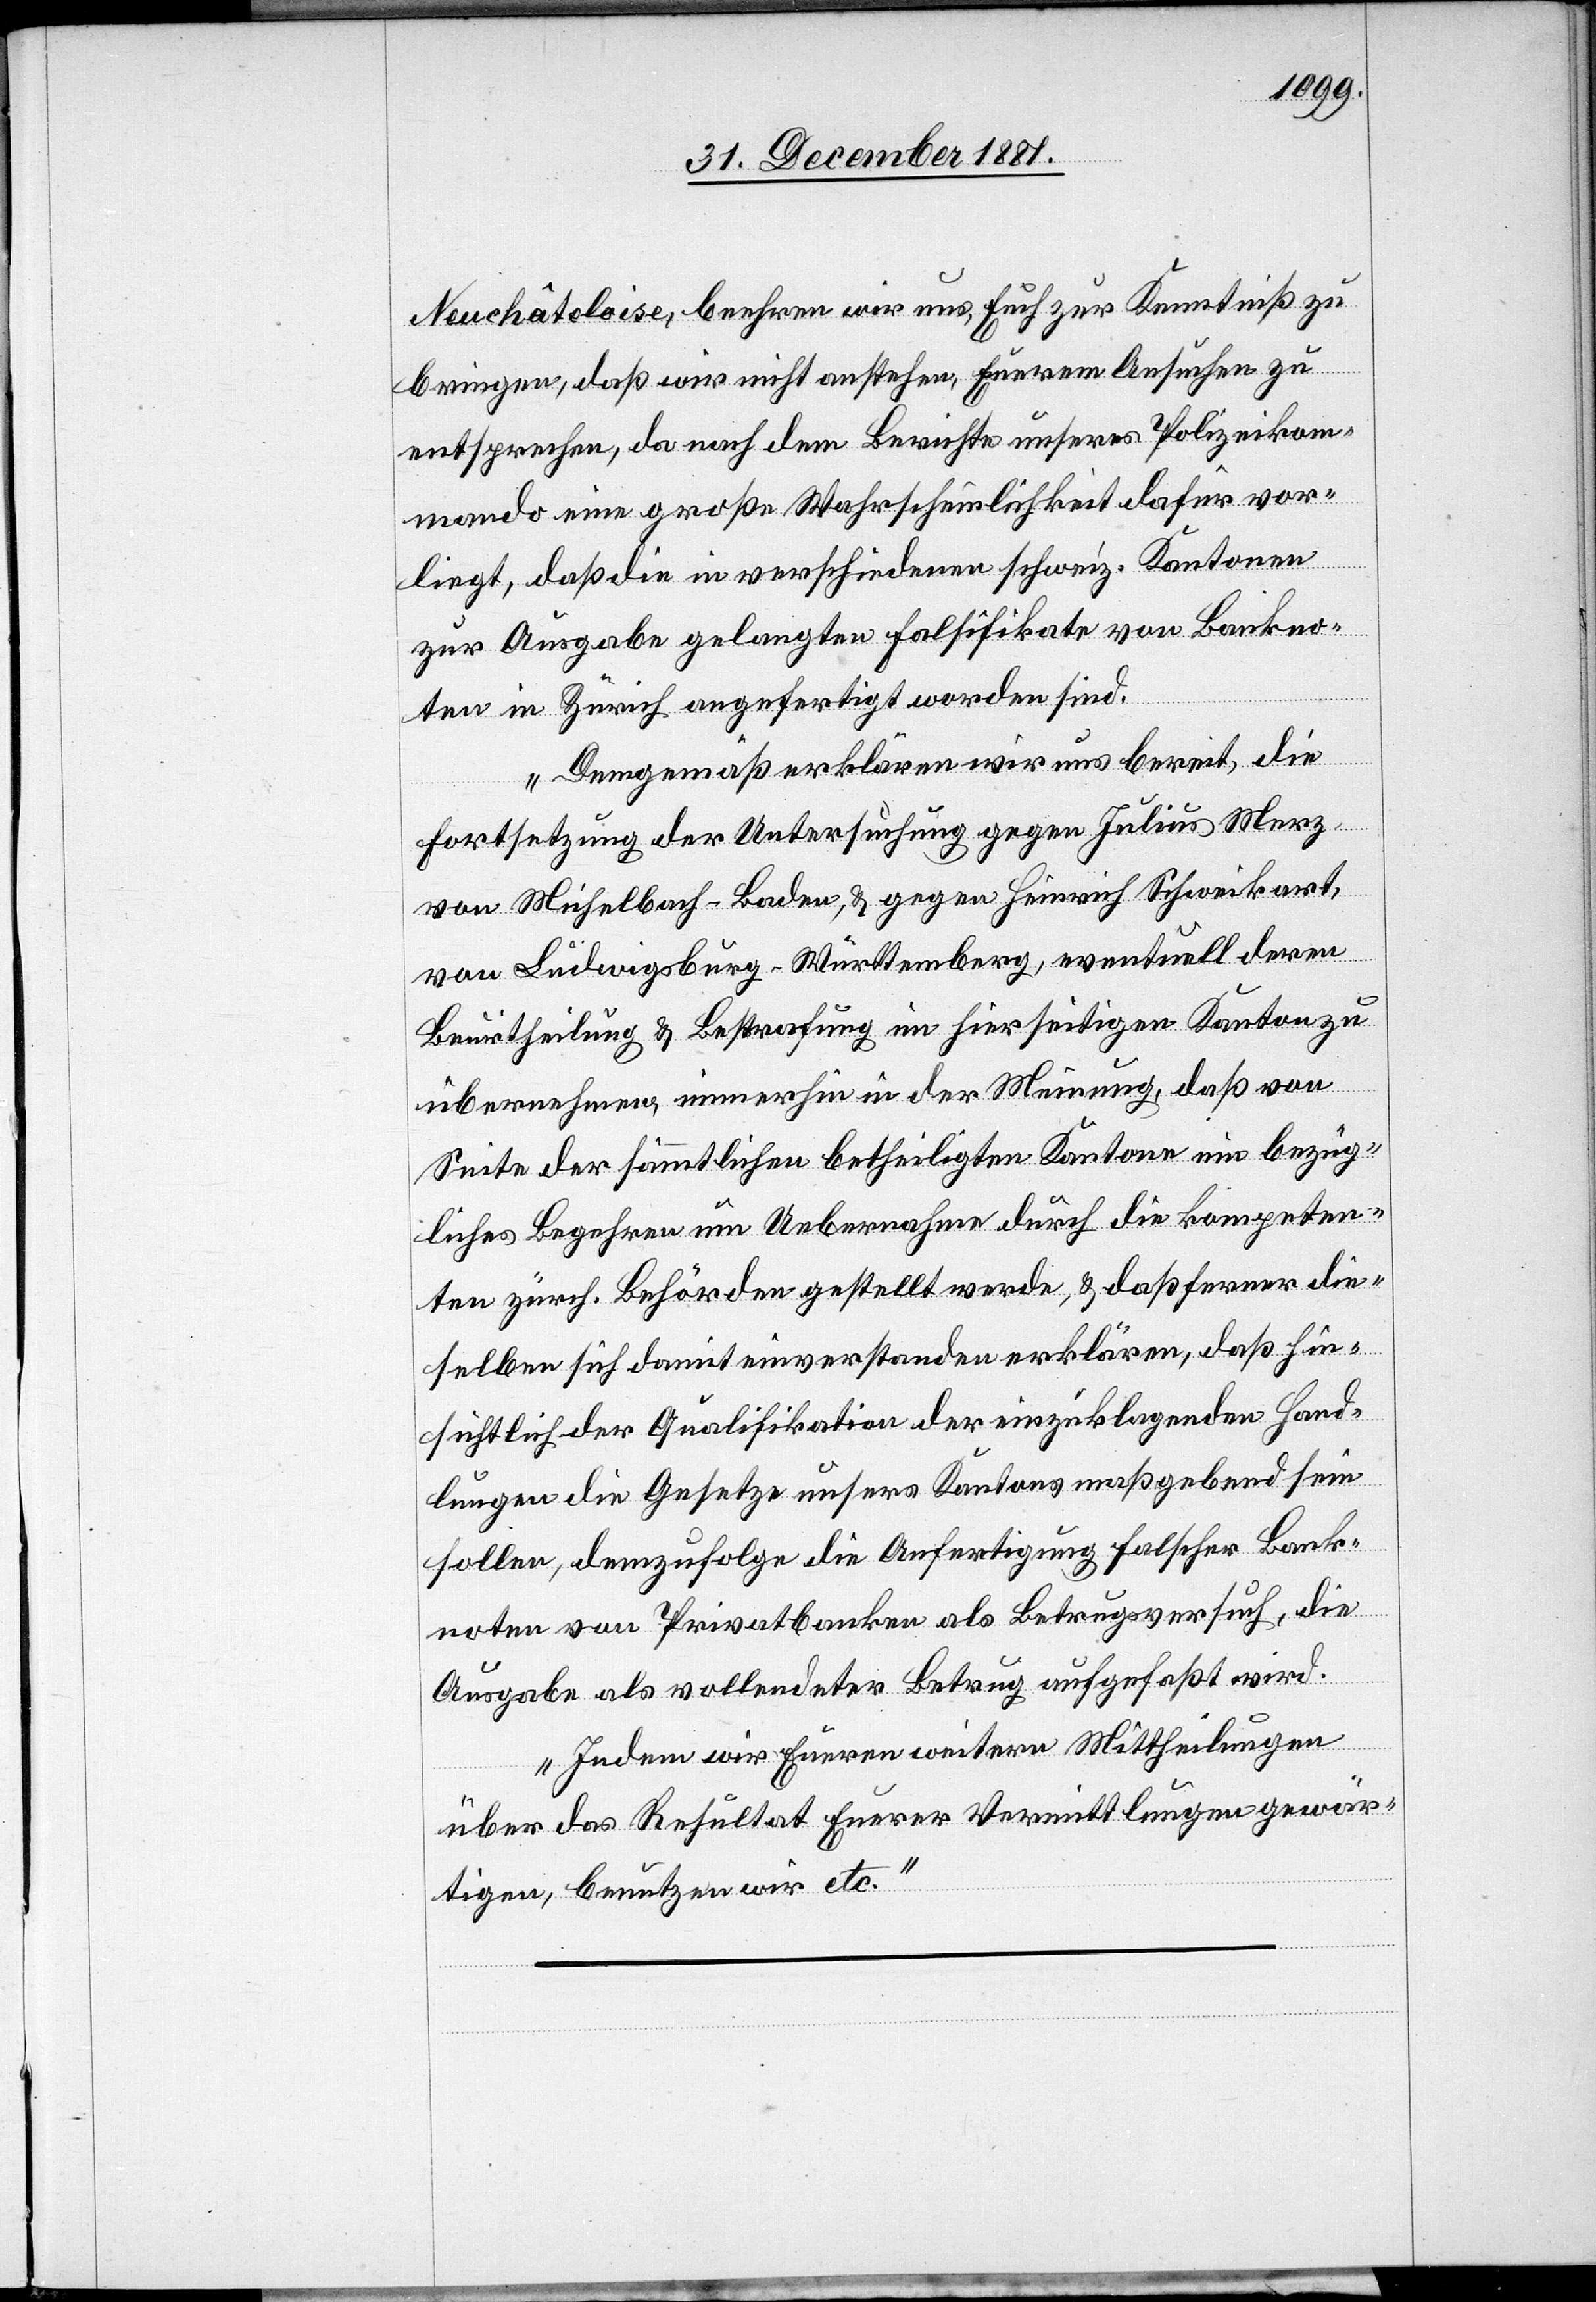
Neuchâteloise, beehren wir uns, Euch zur Kenntniß zu
bringen, daß wir nicht anstehen, Euerem Ansuchen zu
entsprechen, da nach dem Berichte unseres Polizeikom¬
mando eine große Wahrscheinlichkeit dafür vor¬
liegt, daß die in verschiedenen schweiz. Kantonen
zur Ausgabe gelangten Falsifikate von Bankno¬
ten in Zürich angefertigt worden sind.
Demgemäß erklären wir uns bereit, die
Fortsetzung der Untersuchung gegen Julius Merz,
von Michelbach - Baden, & gegen Heinrich Schweikart,
von Ludwigsburg - Württemberg, eventuell deren
Beurtheilung & Bestrafung im hierseitigen Kanton zu
übernehmen, immerhin in der Meinung, daß von
Seite der sämmtlichen betheiligten Kantone ein bezüg¬
liches Begehren um Uebernahme durch die kompeten¬
ten zürch. Behörden gestellt werde, & daß ferner die¬
selben sich damit einverstanden erklären, daß hin¬
sichtlich der Qualifikation der einzuklagenden Hand¬
lungen die Gesetze unsers Kantons maßgebend sein
sollen, demzufolge die Anfertigung falscher Bank¬
noten von Privatbanken als Betrugsversuch, die
Ausgabe als vollendeter Betrug aufgefaßt wird.
Indem wir Eueren [sic!] weitern Mittheilungen
über das Resultat Euerer Vermittlungen gewär¬
tigen, benutzen wir etc.“